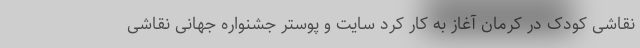
نقاشی کودک در کرمان آغاز به کار کرد سایت و پوستر جشنواره جهانی نقاشی